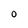
Character: O